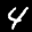
Label: 4